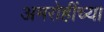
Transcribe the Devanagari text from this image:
अमरोहींच्या